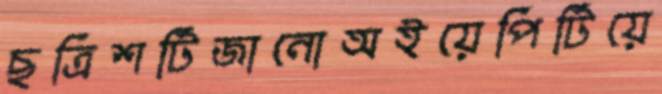
ছত্রিশটিজানোঅইয়েপিটিয়ে